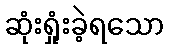
ဆုံးရှုံးခဲ့ရသော